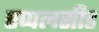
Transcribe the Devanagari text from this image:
एप्पलसीड